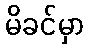
မိခင်မှာ